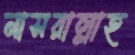
নাসরাল্লাহ